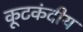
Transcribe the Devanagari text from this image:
कूटकंदीय